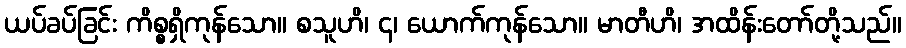
ယပ်ခပ်ခြင်း ကိစ္စရှိကုန်သော။ စသူဟိ၊ ၄၊ ယောက်ကုန်သော။ မာတီဟိ၊ အထိန်းတော်တို့သည်။